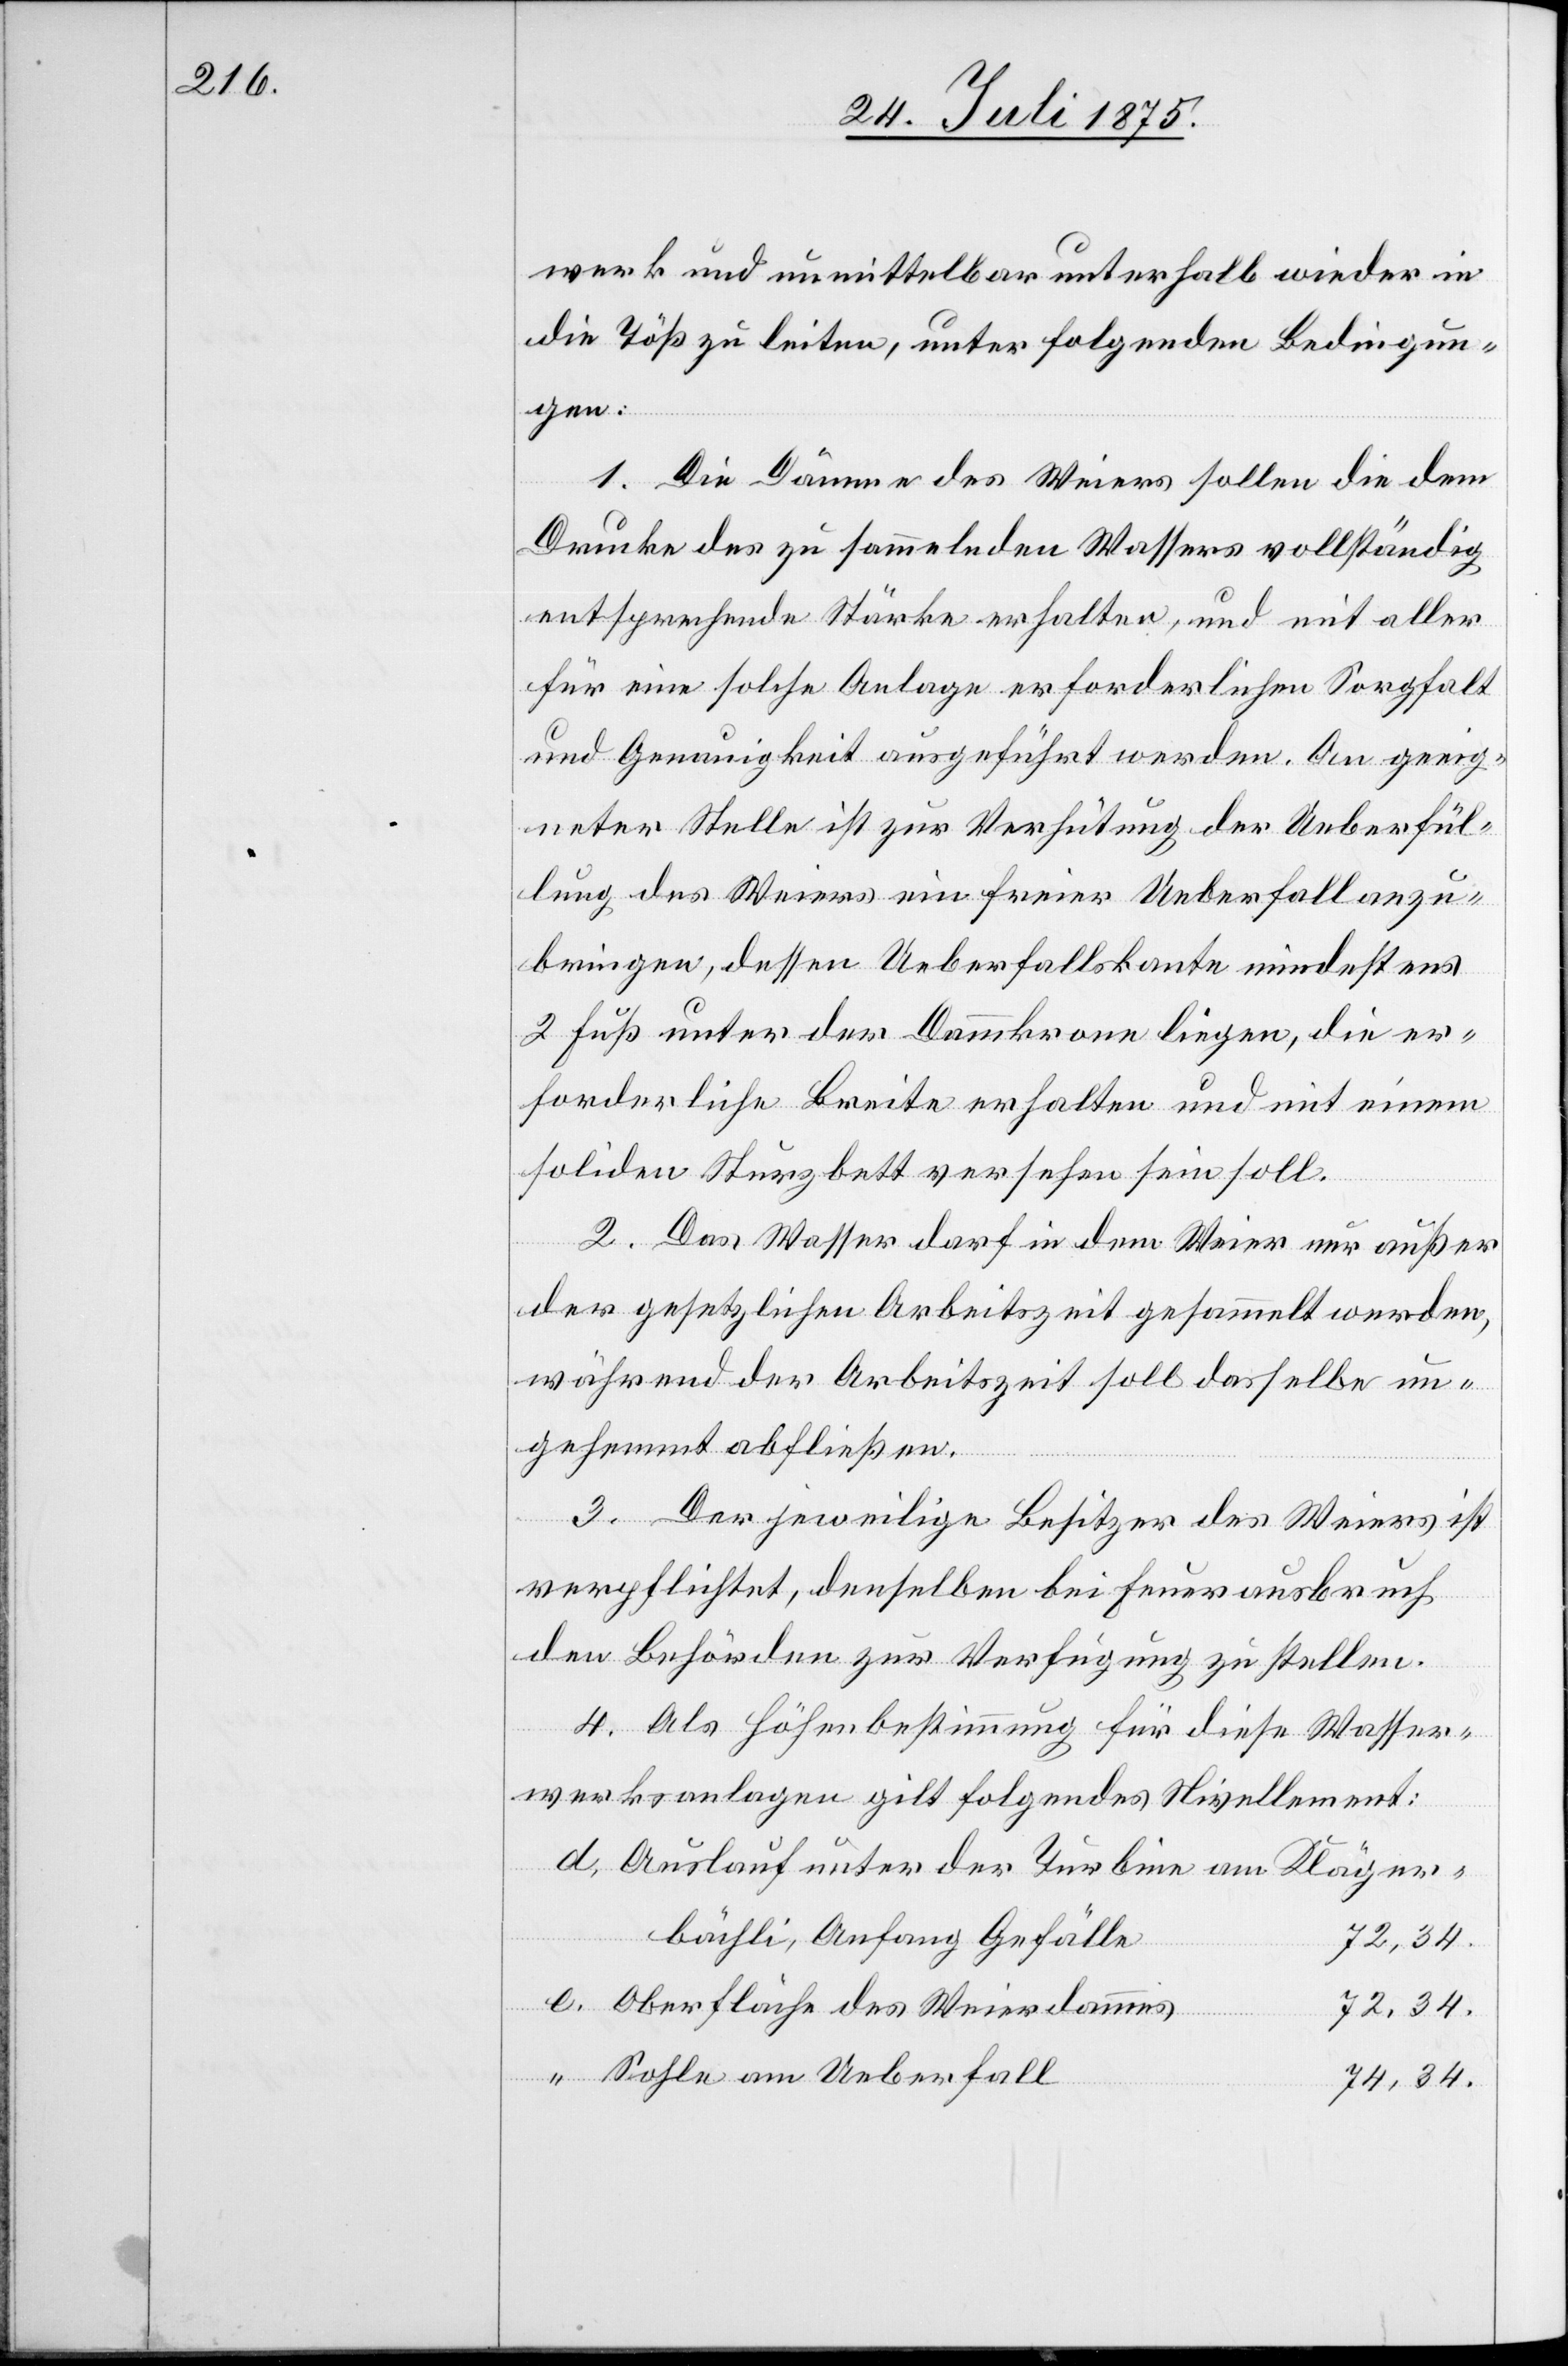
werk und unmittelbar unterhalb wieder in
die Töß zu leiten, unter folgenden Bedingun¬
gen:
1. Die Dämme des Weiers sollen die dem
Drucke des zu sammelnden Wassers vollständig
entsprechende Stärke erhalten, und mit aller
für eine solche Anlage erforderlichen Sorgfalt
und Genauigkeit ausgeführt werden. An geeig¬
neter Stelle ist zur Verhütung der Ueberfül¬
lung des Weiers ein freier Ueberfall anzu¬
bringen, dessen Ueberfallskante mindestens
2 Fuß unter der Dammkrone liegen, die er¬
forderliche Breite erhalten und mit einem
soliden Sturzbett versehen sein soll.
2. Das Wasser darf in dem Weier nur außer
der gesetzlichen Arbeitszeit gesammelt werden,
während der Arbeitszeit soll dasselbe un¬
gehemmt abfließen.
3. Der jeweilige Besitzer des Weiers ist
verpflichtet, denselben bei Feuerausbruch
den Behörden zur Verfügung zu stellen.
4. Als Höhenbestimmung für diese Wasser¬
werksanlagen gilt folgendes Nivellement:
Auslauf unter der Turbine am Kläger¬
bächli, Anfang Gefälle
72,34.
Oberfläche des Weierdammes
Sohle am Ueberfall
74,34.